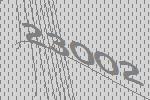
23002